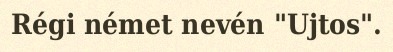
Régi német nevén "Ujtos".